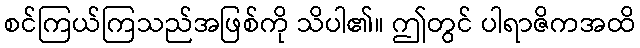
စင်ကြယ်ကြသည်အဖြစ်ကို သိပါ၏။ ဤတွင် ပါရာဇိကအထိ